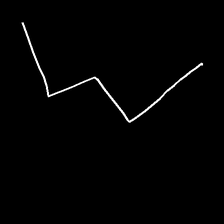
Glyph: crush